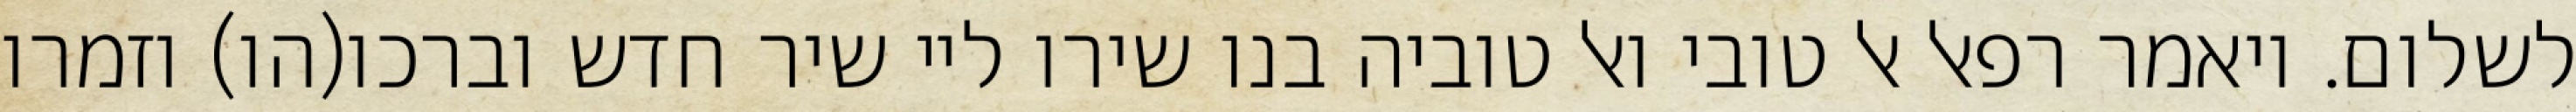
לשלום. ויאמר רפאל אל טובי ואל טוביה בנו שירו ליי שיר חדש וברכו(הו) וזמרו